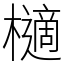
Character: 㰅